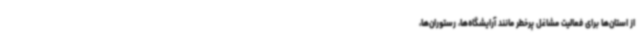
از استان‌ها برای فعالیت مشاغل پرخطر مانند آرایشگاه‌ها، رستوران‌ها،